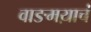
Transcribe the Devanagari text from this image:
वाङमय़ाचं